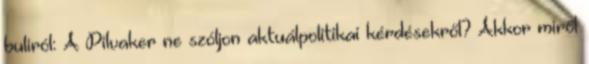
buliról: A Pilvaker ne szóljon aktuálpolitikai kérdésekről? Akkor miről